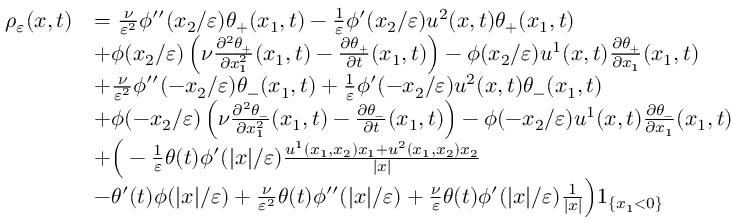
\begin{array} { r l } { \rho _ { \varepsilon } ( x , t ) } & { = \frac { \nu } { \varepsilon ^ { 2 } } \phi ^ { \prime \prime } ( x _ { 2 } / \varepsilon ) \theta _ { + } ( x _ { 1 } , t ) - \frac { 1 } { \varepsilon } \phi ^ { \prime } ( x _ { 2 } / \varepsilon ) u ^ { 2 } ( x , t ) \theta _ { + } ( x _ { 1 } , t ) } \\ & { + \phi ( x _ { 2 } / \varepsilon ) \left( \nu \frac { \partial ^ { 2 } \theta _ { + } } { \partial x _ { 1 } ^ { 2 } } ( x _ { 1 } , t ) - \frac { \partial \theta _ { + } } { \partial t } ( x _ { 1 } , t ) \right) - \phi ( x _ { 2 } / \varepsilon ) u ^ { 1 } ( x , t ) \frac { \partial \theta _ { + } } { \partial x _ { 1 } } ( x _ { 1 } , t ) } \\ & { + \frac { \nu } { \varepsilon ^ { 2 } } \phi ^ { \prime \prime } ( - x _ { 2 } / \varepsilon ) \theta _ { - } ( x _ { 1 } , t ) + \frac { 1 } { \varepsilon } \phi ^ { \prime } ( - x _ { 2 } / \varepsilon ) u ^ { 2 } ( x , t ) \theta _ { - } ( x _ { 1 } , t ) } \\ & { + \phi ( - x _ { 2 } / \varepsilon ) \left( \nu \frac { \partial ^ { 2 } \theta _ { - } } { \partial x _ { 1 } ^ { 2 } } ( x _ { 1 } , t ) - \frac { \partial \theta _ { - } } { \partial t } ( x _ { 1 } , t ) \right) - \phi ( - x _ { 2 } / \varepsilon ) u ^ { 1 } ( x , t ) \frac { \partial \theta _ { - } } { \partial x _ { 1 } } ( x _ { 1 } , t ) } \\ & { + \Big ( - \frac { 1 } { \varepsilon } \theta ( t ) \phi ^ { \prime } ( | x | / \varepsilon ) \frac { u ^ { 1 } ( x _ { 1 } , x _ { 2 } ) x _ { 1 } + u ^ { 2 } ( x _ { 1 } , x _ { 2 } ) x _ { 2 } } { | x | } } \\ & { - \theta ^ { \prime } ( t ) \phi ( | x | / \varepsilon ) + \frac { \nu } { \varepsilon ^ { 2 } } \theta ( t ) \phi ^ { \prime \prime } ( | x | / \varepsilon ) + \frac { \nu } { \varepsilon } \theta ( t ) \phi ^ { \prime } ( | x | / \varepsilon ) \frac { 1 } { | x | } \Big ) 1 _ { \{ x _ { 1 } < 0 \} } } \end{array}